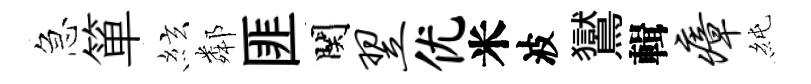
急箪絃鄰匪関翌优米波鸑輯瘴純